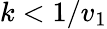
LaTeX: k<1/v_{1}